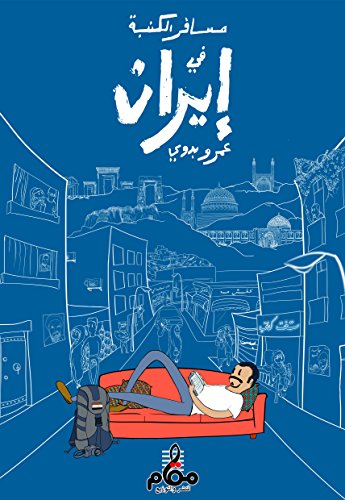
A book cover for ÙEØ³Ø§ÙEØ± Ø§ÙEÙEÙEØ¨Ø© ÙEÙE Ø¥ÙEØ±Ø§ÙE - Couch Traveler in Iran; Amr Badawy; Travel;